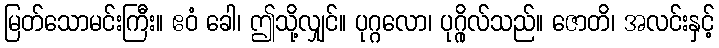
မြတ်သောမင်းကြီး။ ဧဝံ ခေါ၊ ဤသို့လျှင်။ ပုဂ္ဂလော၊ ပုဂ္ဂိုလ်သည်။ ဇောတိ၊ အလင်းနှင့်